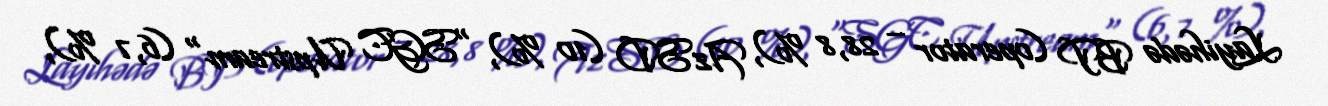
Layihədə BP (operator – 28,8 %), AzSD (10 %), "SGC Upstream" (6,7 %),